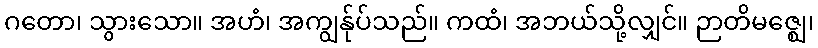
ဂတော၊ သွားသော။ အဟံ၊ အကျွန်ုပ်သည်။ ကထံ၊ အဘယ်သို့လျှင်။ ဉာတိမဇ္ဈေ၊